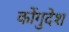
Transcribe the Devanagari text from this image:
कोंगुदेश